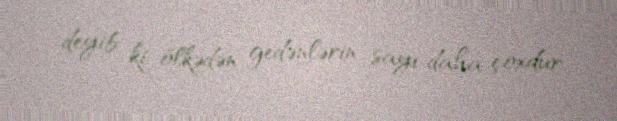
deyib ki, ölkədən gedənlərin sayı daha çoxdur.